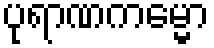
ပုရာဏကမ္မော